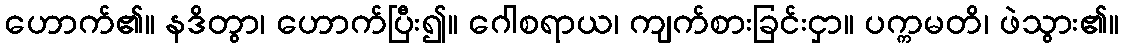
ဟောက်၏။ နဒိတွာ၊ ဟောက်ပြီး၍။ ဂေါစရာယ၊ ကျက်စားခြင်းငှာ။ ပက္ကမတိ၊ ဖဲသွား၏။